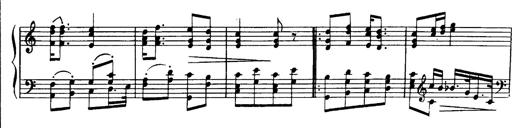
Title: Magyar dalok
Composer: Franz Liszt